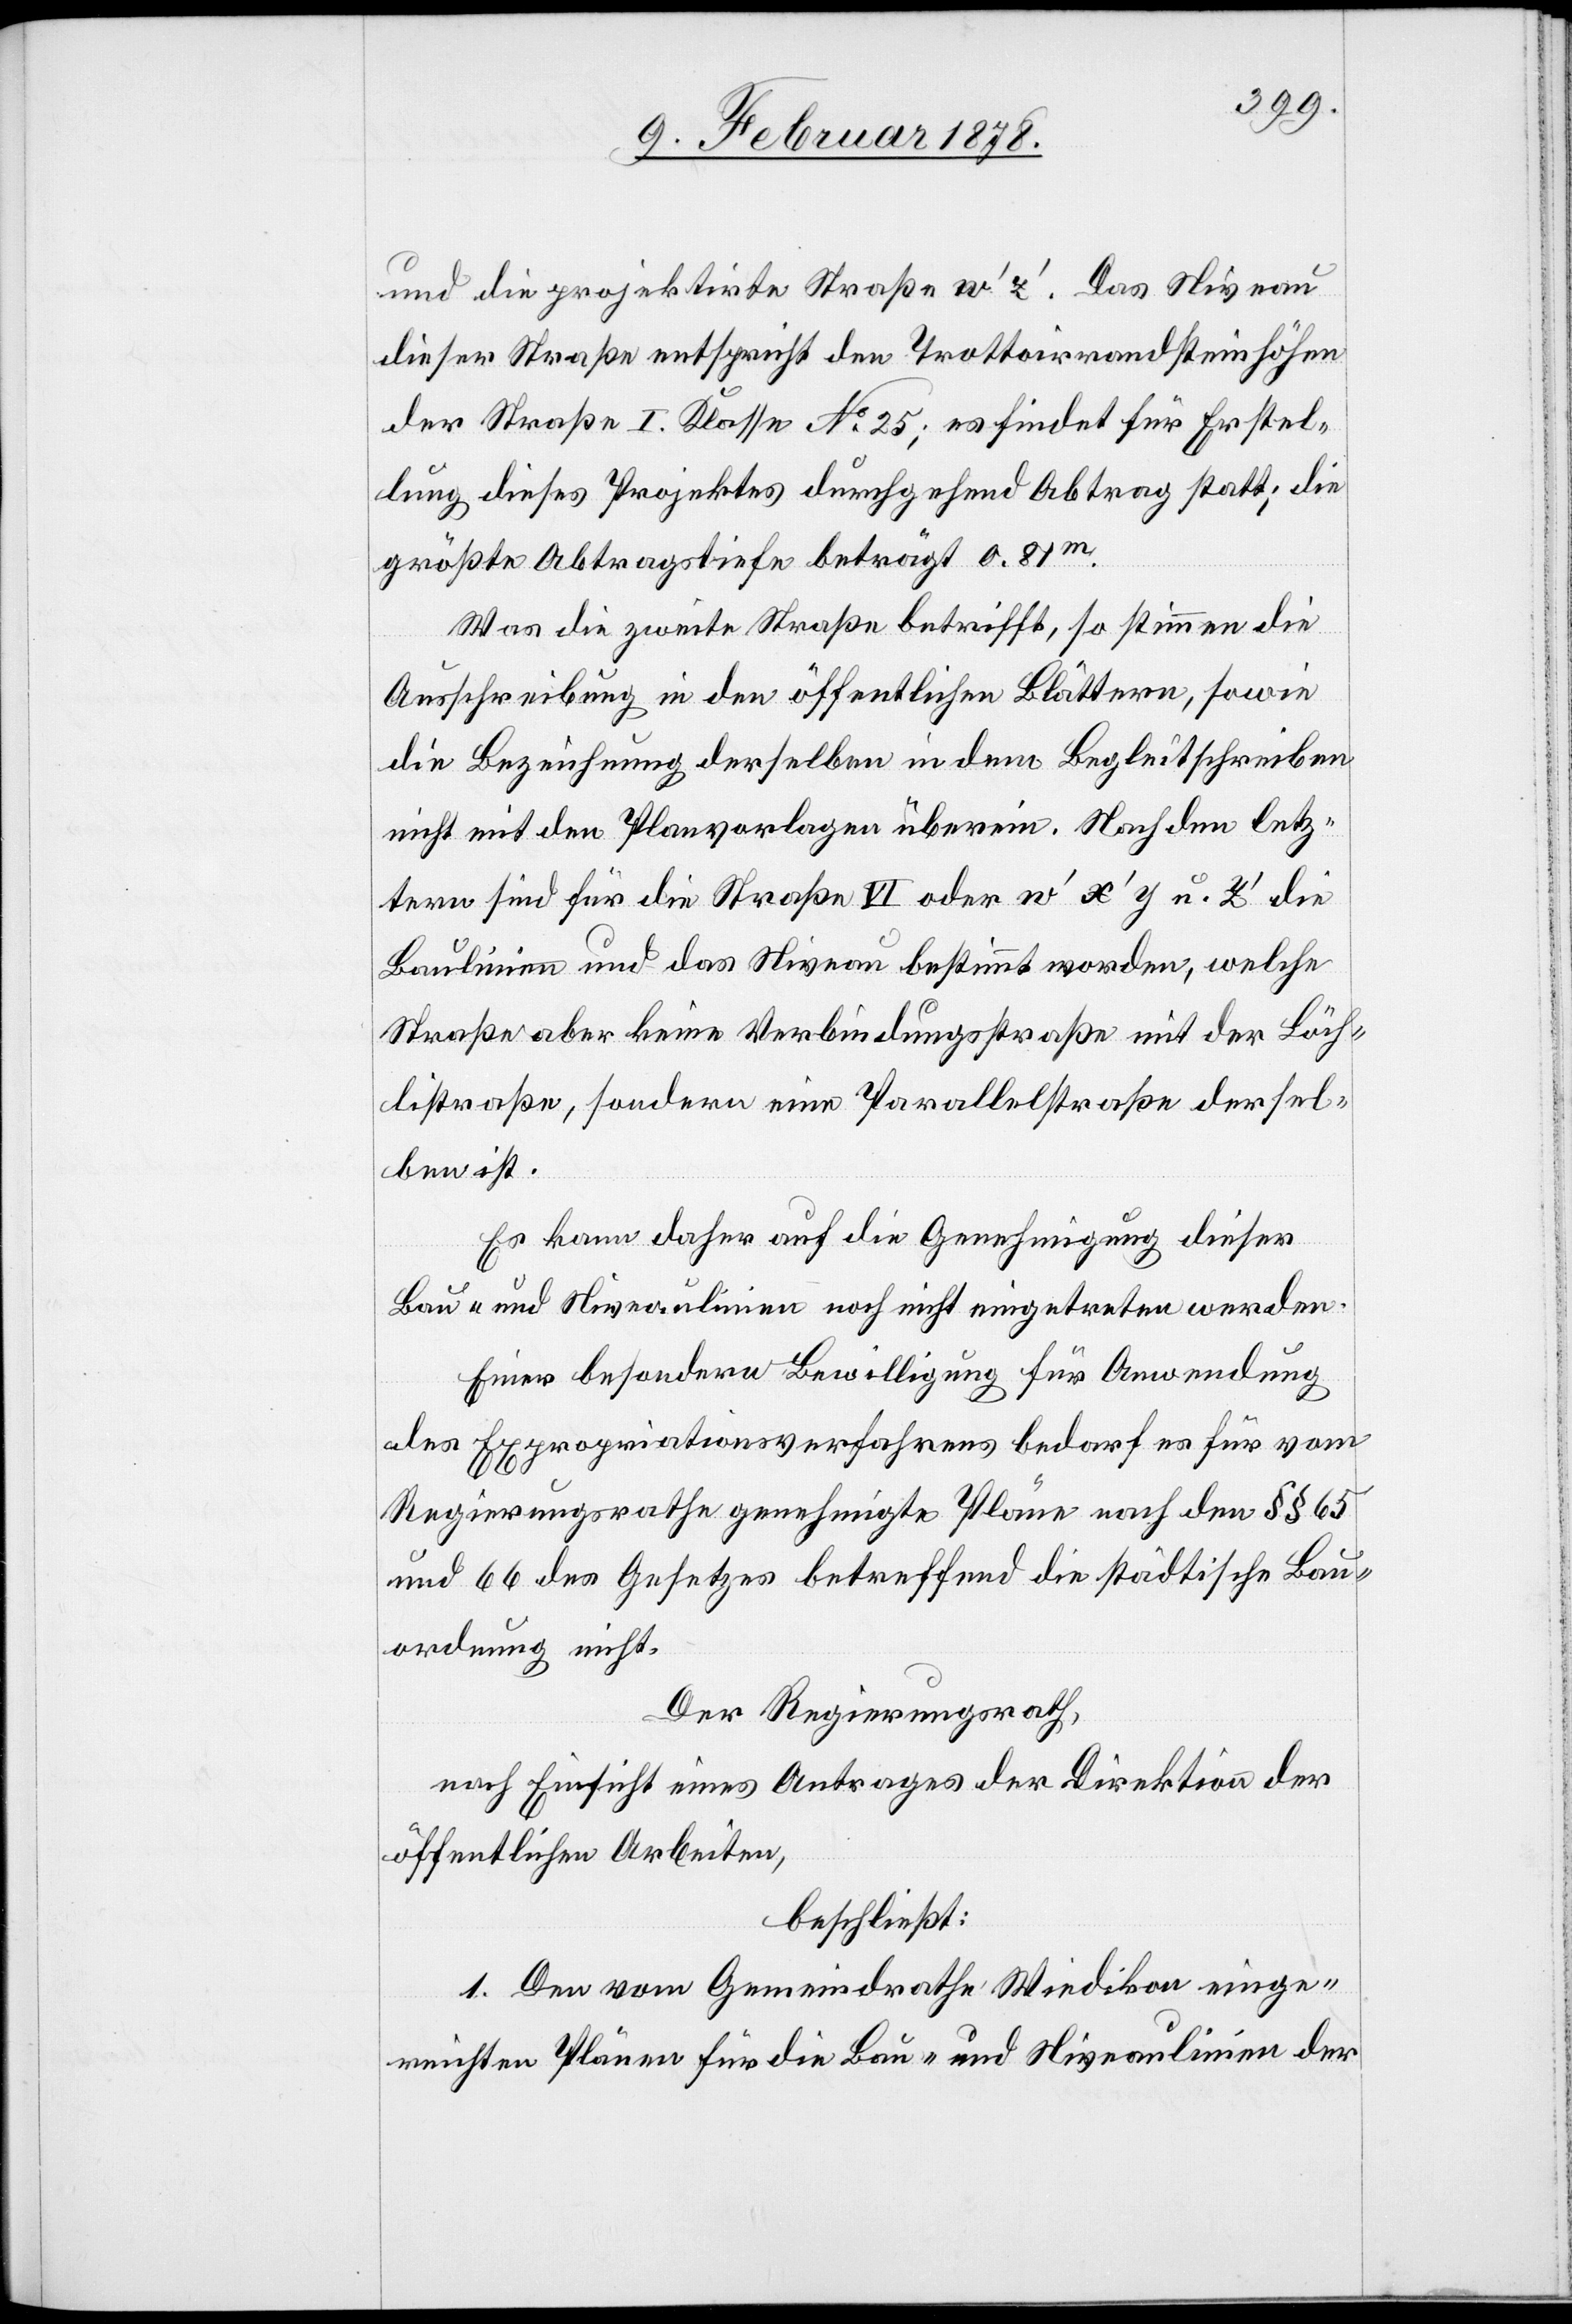
und die projektirte Straße w’ z’. Das Niveau
dieser Straße entspricht den Trottoirrandsteinhöhen
der Straße I. Klasse No 25; es findet für Erstel¬
lung dieses Projektes durchgehend Abtrag statt; die
größte Abtragstiefe beträgt 0.81m.
Was die zweite Straße betrifft, so stimmen die
Ausschreibung in den öffentlichen Blättern, sowie
die Bezeichnung derselben in dem Begleitschreiben
nicht mit den Planvorlagen überein. Nach dem letz¬
tern sind für die Straße VI oder w’ x’ y u. Y’ die
Baulinien und das Niveau bestimmt worden, welche
Straße aber keine Verbindungsstraße mit der Bäch¬
listraße, sondern eine Parallelstraße dersel¬
ben ist.
Es kann daher auf die Genehmigung dieser
Bau- und Niveaulinien noch nicht eingetreten werden.
Einer besondern Bewilligung für Anwendung
des Expropriationsverfahrens bedarf es für vom
Regierungsrathe genehmigte Pläne nach den §§ 65
und 66 des Gesetzes betreffend die städtische Bau¬
ordnung nicht.
Der Regierungsrath,
nach Einsicht eines Antrages der Direktion der
öffentlichen Arbeiten,
beschließt:
1. Den vom Gemeindrath Wiedikon einge¬
reichten Plänen für die Bau- und Niveaulinien der